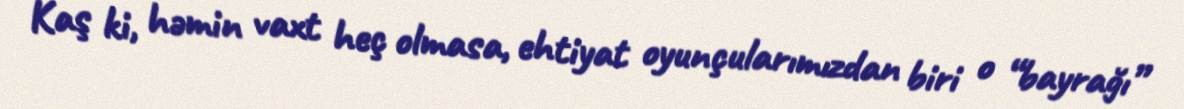
Kaş ki, həmin vaxt heç olmasa, ehtiyat oyunçularımızdan biri o “bayrağı”